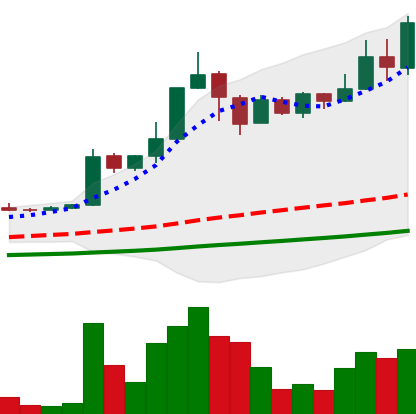
Ticker: TRX-USD
Chart end date: 2021-04-15
Forward return: -19.201%
Label: down_7plus